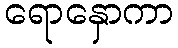
ရောနှောကာ